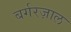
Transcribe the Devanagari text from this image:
बर्गरज़ाल